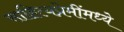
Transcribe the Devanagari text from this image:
साहित्यप्रेमींमध्ये